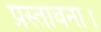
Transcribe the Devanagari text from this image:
प्रस्तावना।